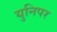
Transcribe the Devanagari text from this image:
युनिपर